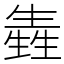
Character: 㽓